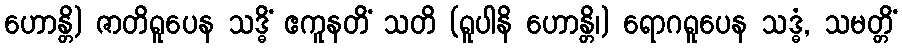
ဟောန္တိ) ဇာတိရူပေန သဒ္ဓိံ ဧကူနတိံ သတိ (ရူပါနိ ဟောန္တိ၊) ရောဂရူပေန သဒ္ဓံ, သမတ္တိံ